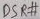
Text: DSR#